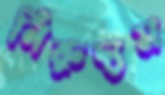
নিরুদ্যম